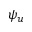
\psi _ { u }